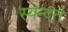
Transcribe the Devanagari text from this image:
स्यन्दते